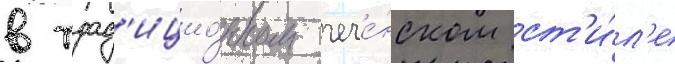
в трад'ицио́нном чече́нском ст'и́л'е